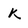
Character: k